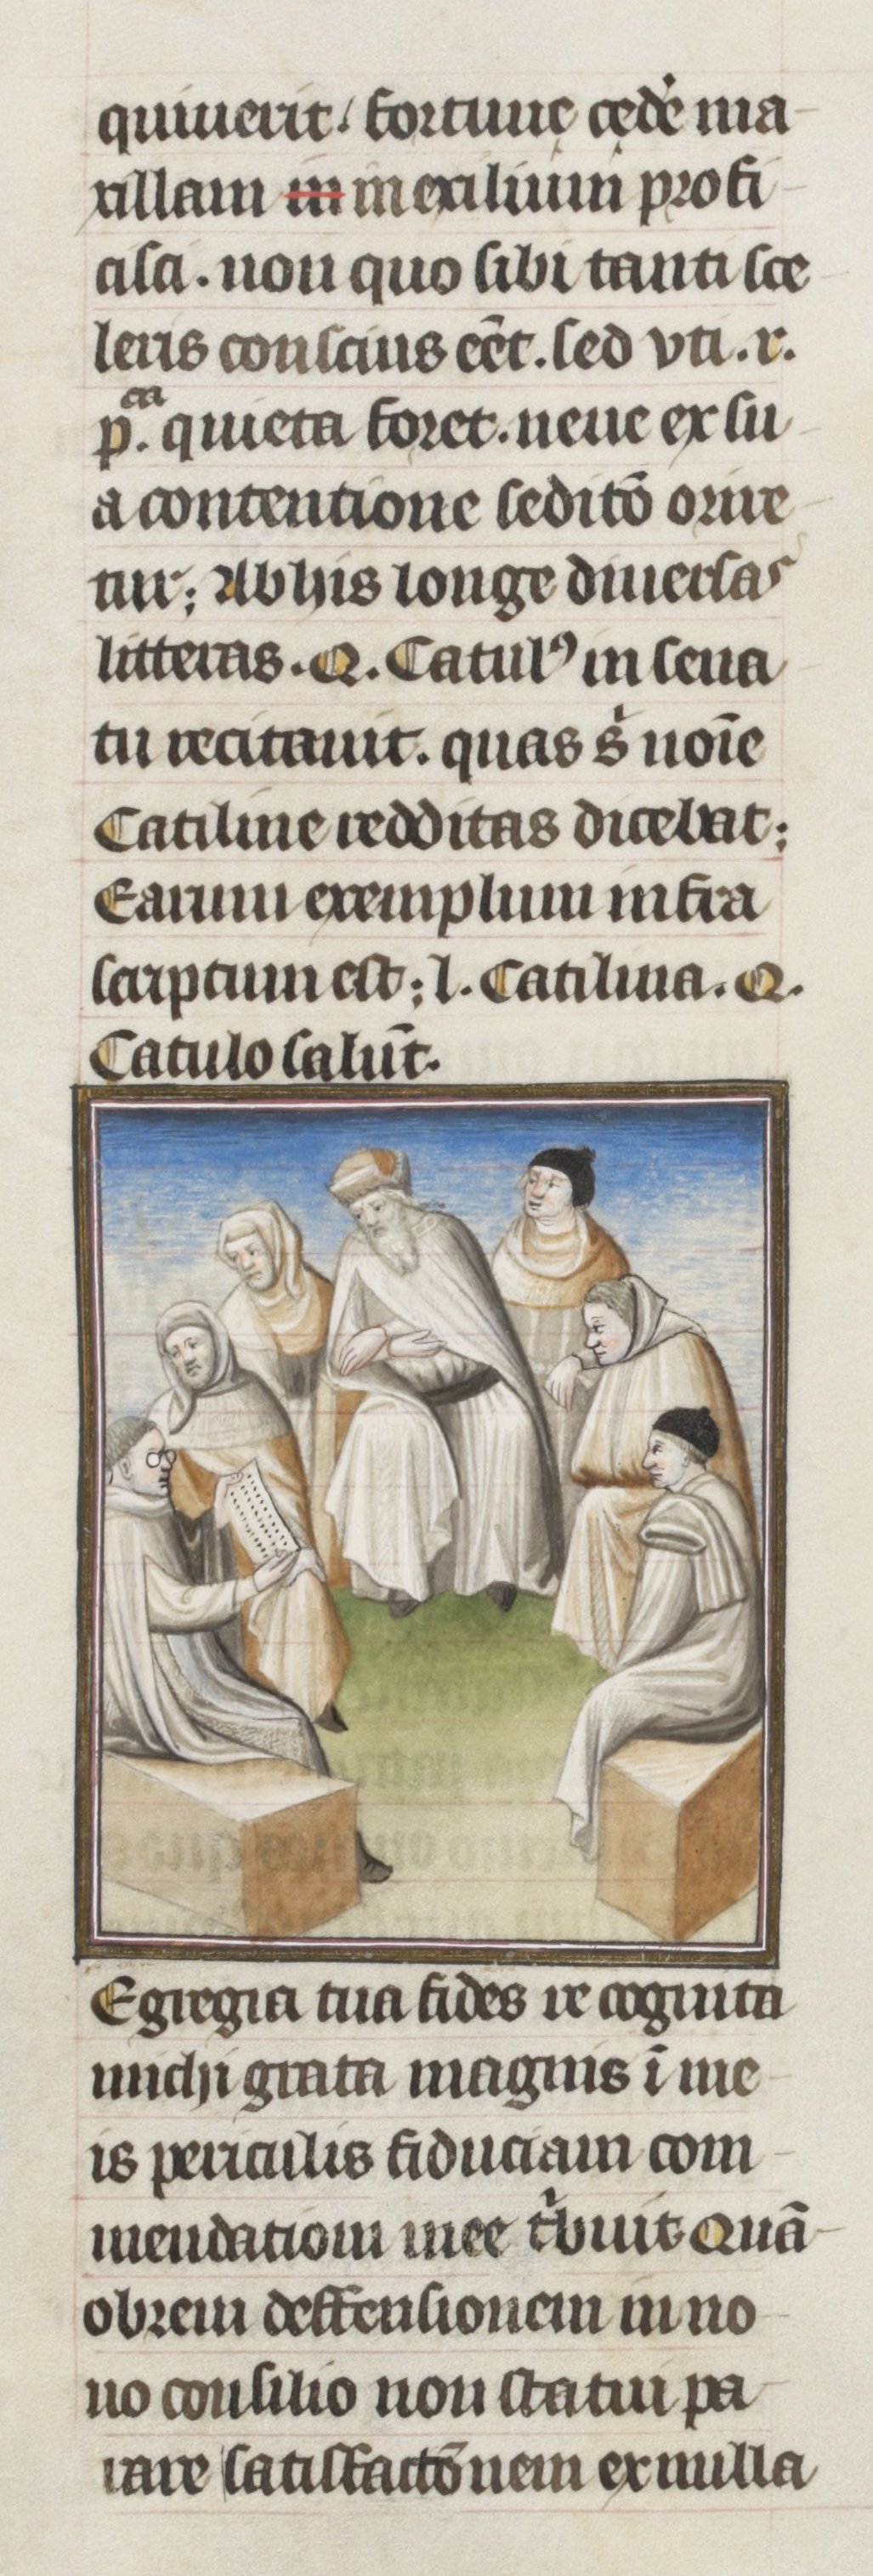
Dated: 1405–1435